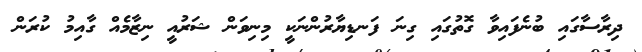
ދިރާސާގައި ބުނެފައިވާ ގޮތުގައި ގިނަ ފަނޑިޔާރުންނަކީ މިނިވަން ޝަރުއީ ނިޒާމެއް ގާއިމު ކުރަން